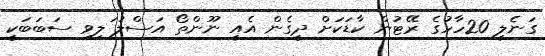
ގަނެލީ 20ހާހުގެ ރޭޓުން ކާޑަކަށް ދީގެން އެއީ ނޫންތޯ އަސްލު ަލިވި ސަބަބަކީ